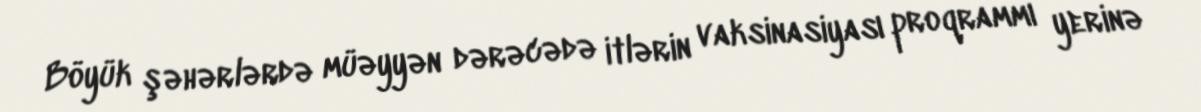
Böyük şəhərlərdə müəyyən dərəcədə itlərin vaksinasiyası proqrammı yerinə